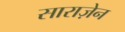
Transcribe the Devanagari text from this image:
साराज़ेन